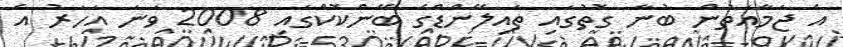
އެ ޖަމާއަތުން ބުނާ ގޮތުގައި ތައިލޭންޑްގެ ބޭންކޮކްގައި 2008 ވަނަ އަހަރު އެ